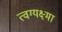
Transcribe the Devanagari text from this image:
त्वग्यक्ष्मा